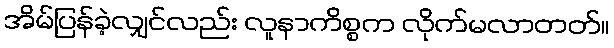
အိမ်ပြန်ခဲ့လျှင်လည်း လူနာကိစ္စက လိုက်မလာတတ်။